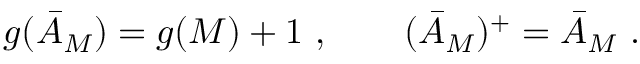
g ( \bar { \cal { A } } _ { M } ) = g ( M ) + 1 \ , \qquad ( \bar { \cal { A } } _ { M } ) ^ { + } = \bar { \cal { A } } _ { M } \ .